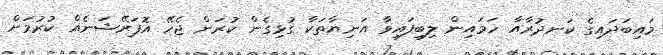
މައިބަދައިގެ ކަނދުރާއާ ހަމައިން ލިބިފައިވާ އަނިޔާތަކާ ގުޅިގެން ކުރަން ޖެހޭ އޮަޕަރޭޝަނެއް ކުރުމަށް